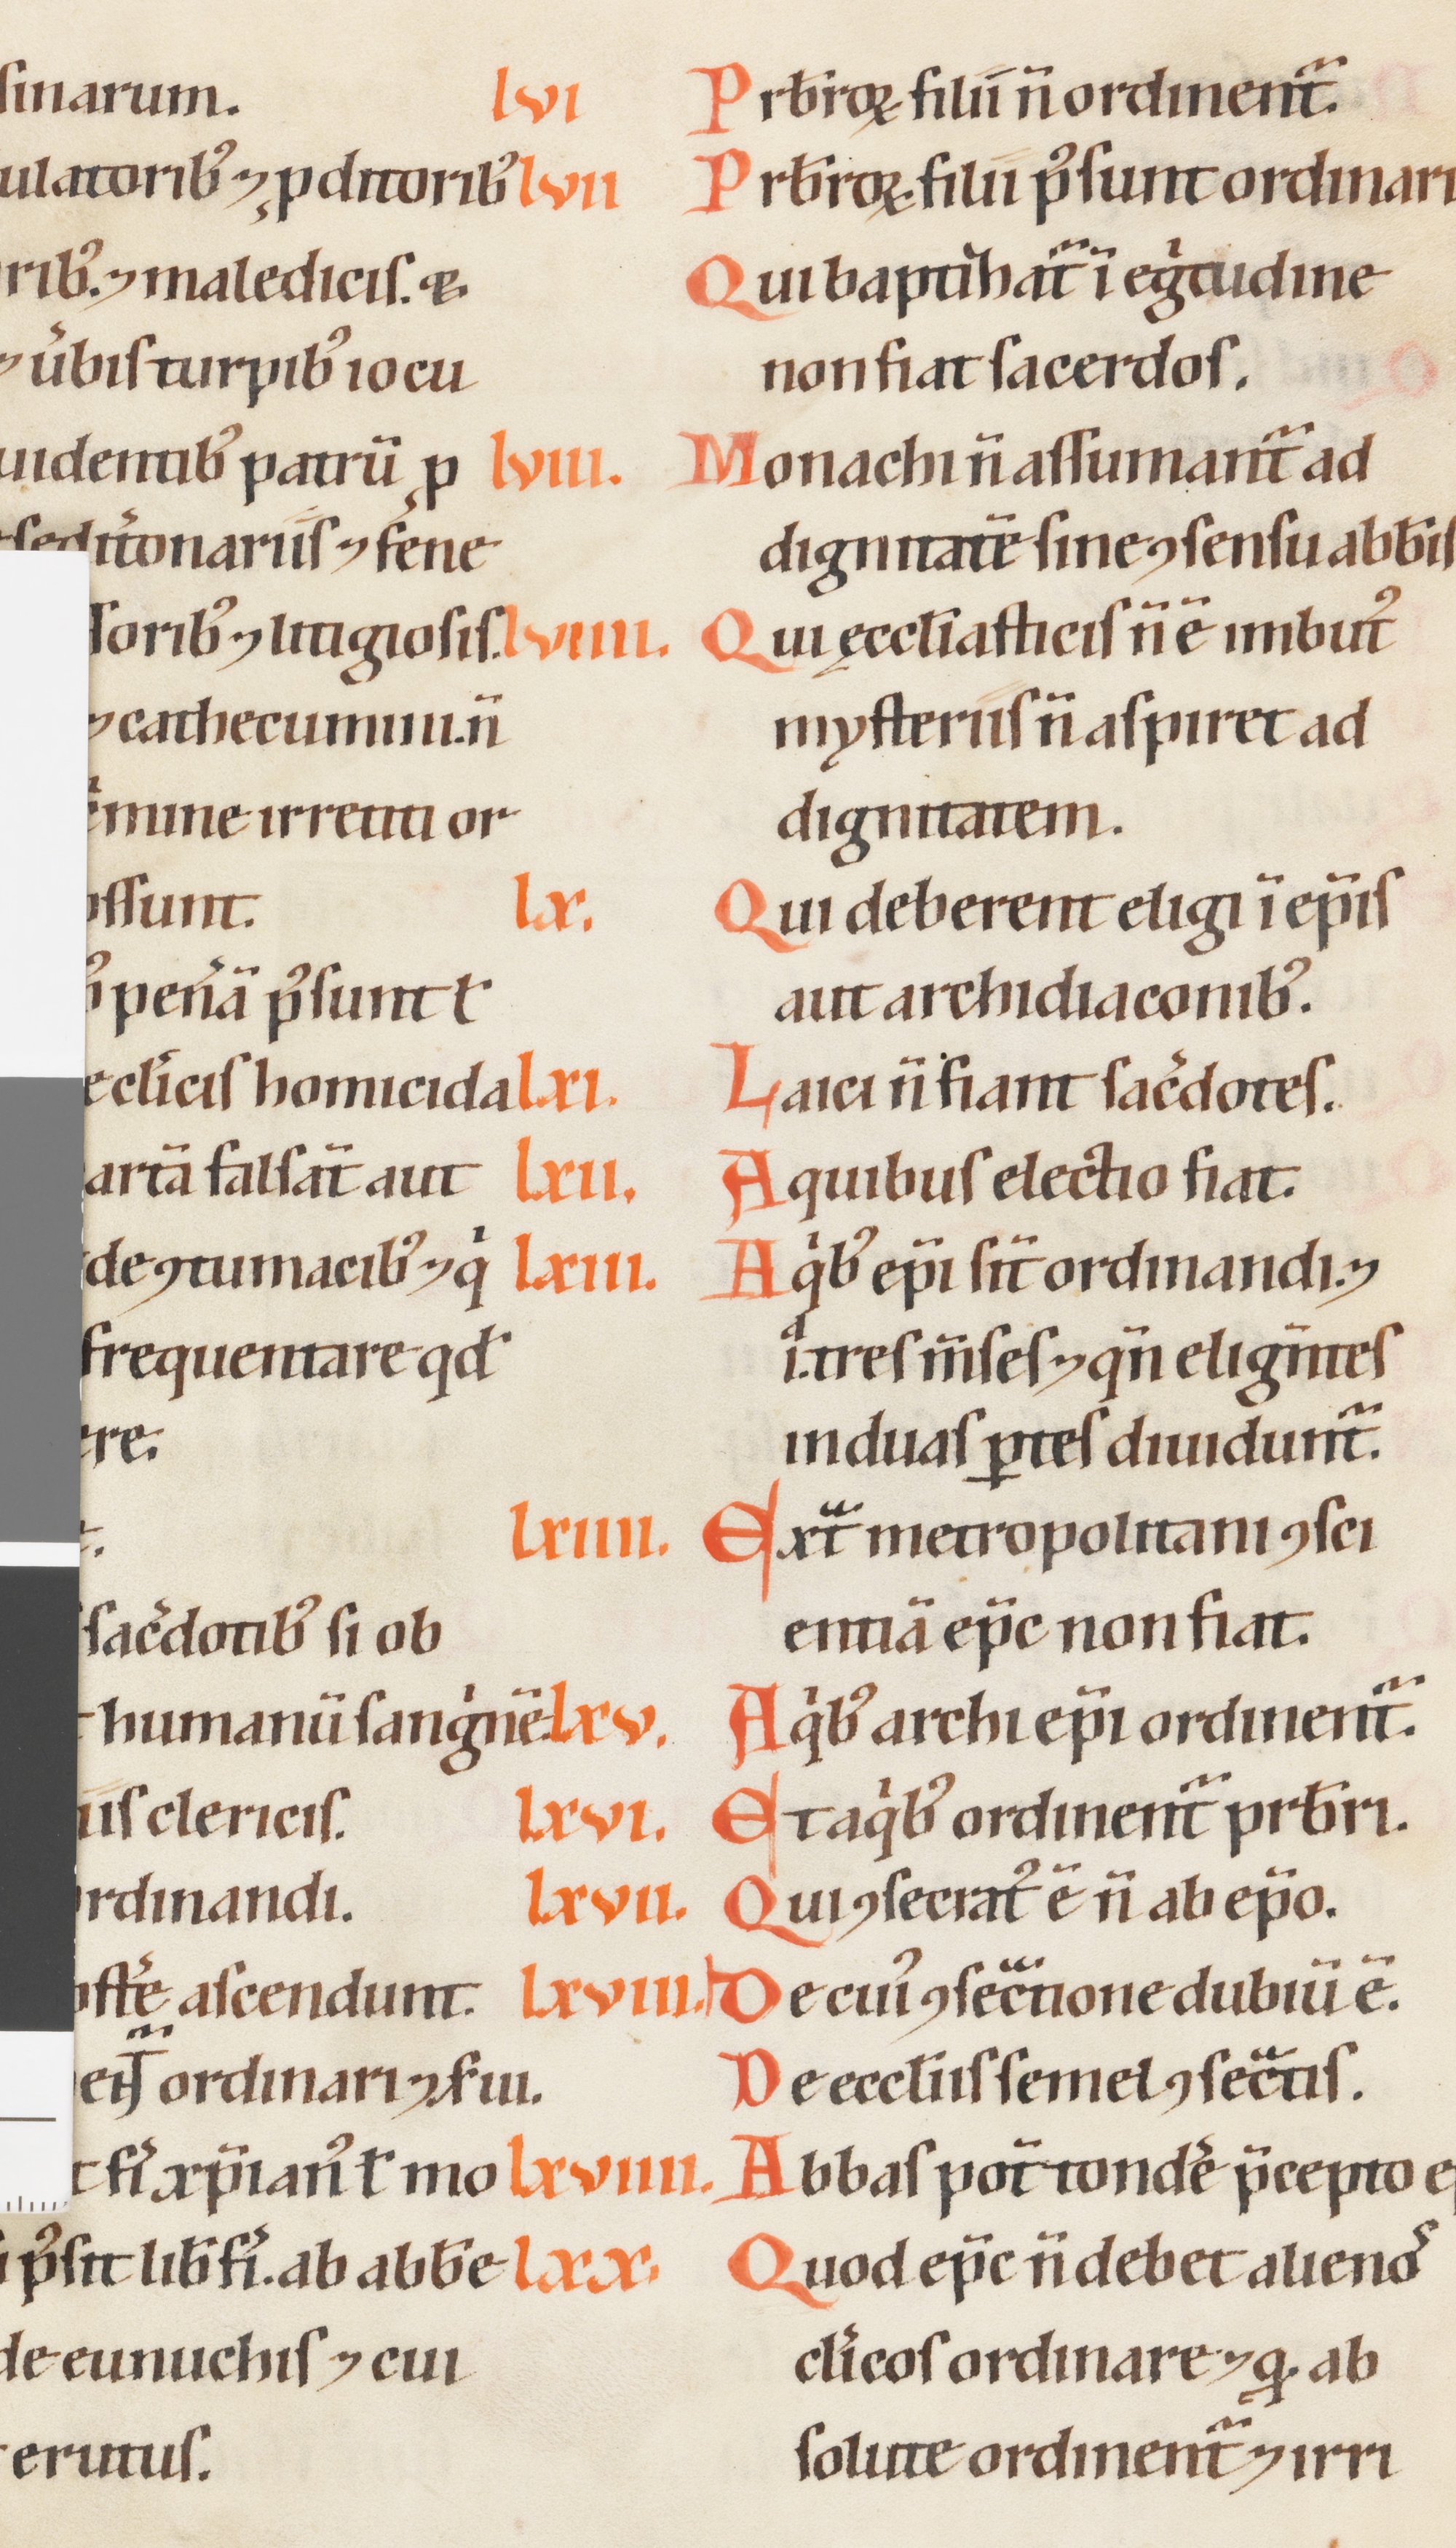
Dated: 1200–1299